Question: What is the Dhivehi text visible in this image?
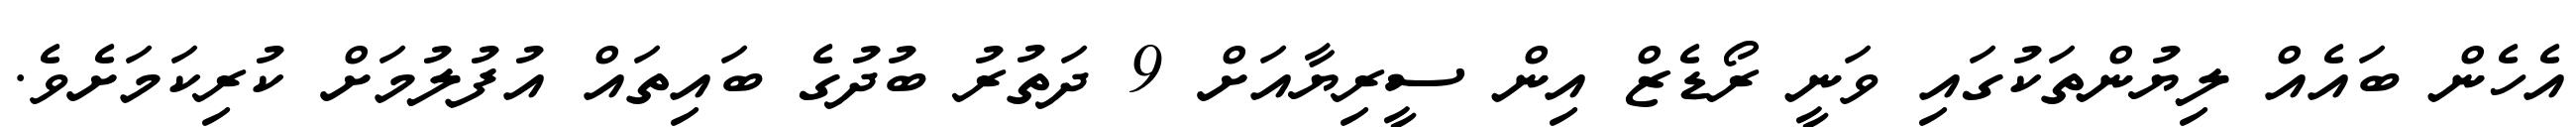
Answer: އެހެން ބައެއް ލިޔުންތަކުގައި ވަނީ ރޯޑެޒް އިން ސީރިޔާއަށް 9 ދަތުރު ބުދުގެ ބައިތައް އުފުލުމަށް ކުރިކަމަށެވެ.